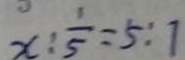
x : \frac { 1 } { 5 } = 5 : 7